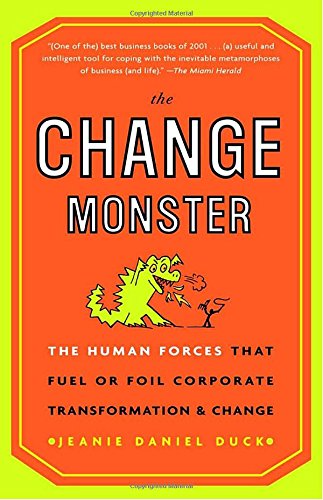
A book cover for The Change Monster: The Human Forces that Fuel or Foil Corporate Transformation and Change; Jeanie Daniel Duck; Business & Money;